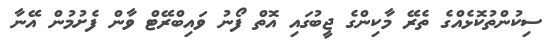
ސިކުންތުކޮޅެއްގެ ތެރޭ މާކިންގެ ޖީބުގައި އޮތް ފޯނު ވައިބްރޭޓް ވާން ފެށުމުން އޭނާ